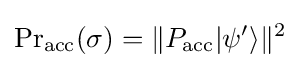
\operatorname {Pr} _{\text{acc}}(\sigma )=\Vert P_{\text{acc}}|\psi ^{\prime }\rangle \Vert ^{2}